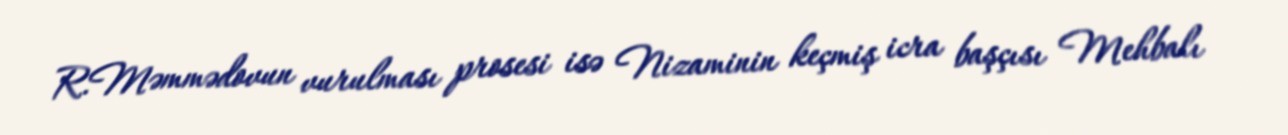
R.Məmmədovun vurulması prosesi isə Nizaminin keçmiş icra başçısı Mehbalı